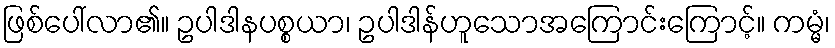
ဖြစ်ပေါ်လာ၏။ ဥပါဒါနပစ္စယာ၊ ဥပါဒါန်ဟူသောအကြောင်းကြောင့်။ ကမ္မံ၊